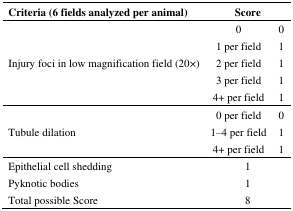
| Criteria (6 fields analyzed per animal) | <COLSPAN=2> Score |
 | --- | --- | --- |
 | <ROWSPAN=5> Injury foci in low magnification field (20×) | 0 | 0 |
 | 1 per field | 1 |
 | 2 per field | 1 |
 | 3 per field | 1 |
 | 4+ per field | 1 |
 | <ROWSPAN=3> Tubule dilation | 0 per field | 0 |
 | 1–4 per field | 1 |
 | 4+ per field | 1 |
 | Epithelial cell shedding | <COLSPAN=2> 1 |
 | Pyknotic bodies | <COLSPAN=2> 1 |
 | Total possible Score | <COLSPAN=2> 8 |